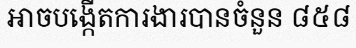
អាចបង្កើតការងារបានចំនួន ៨៥៨